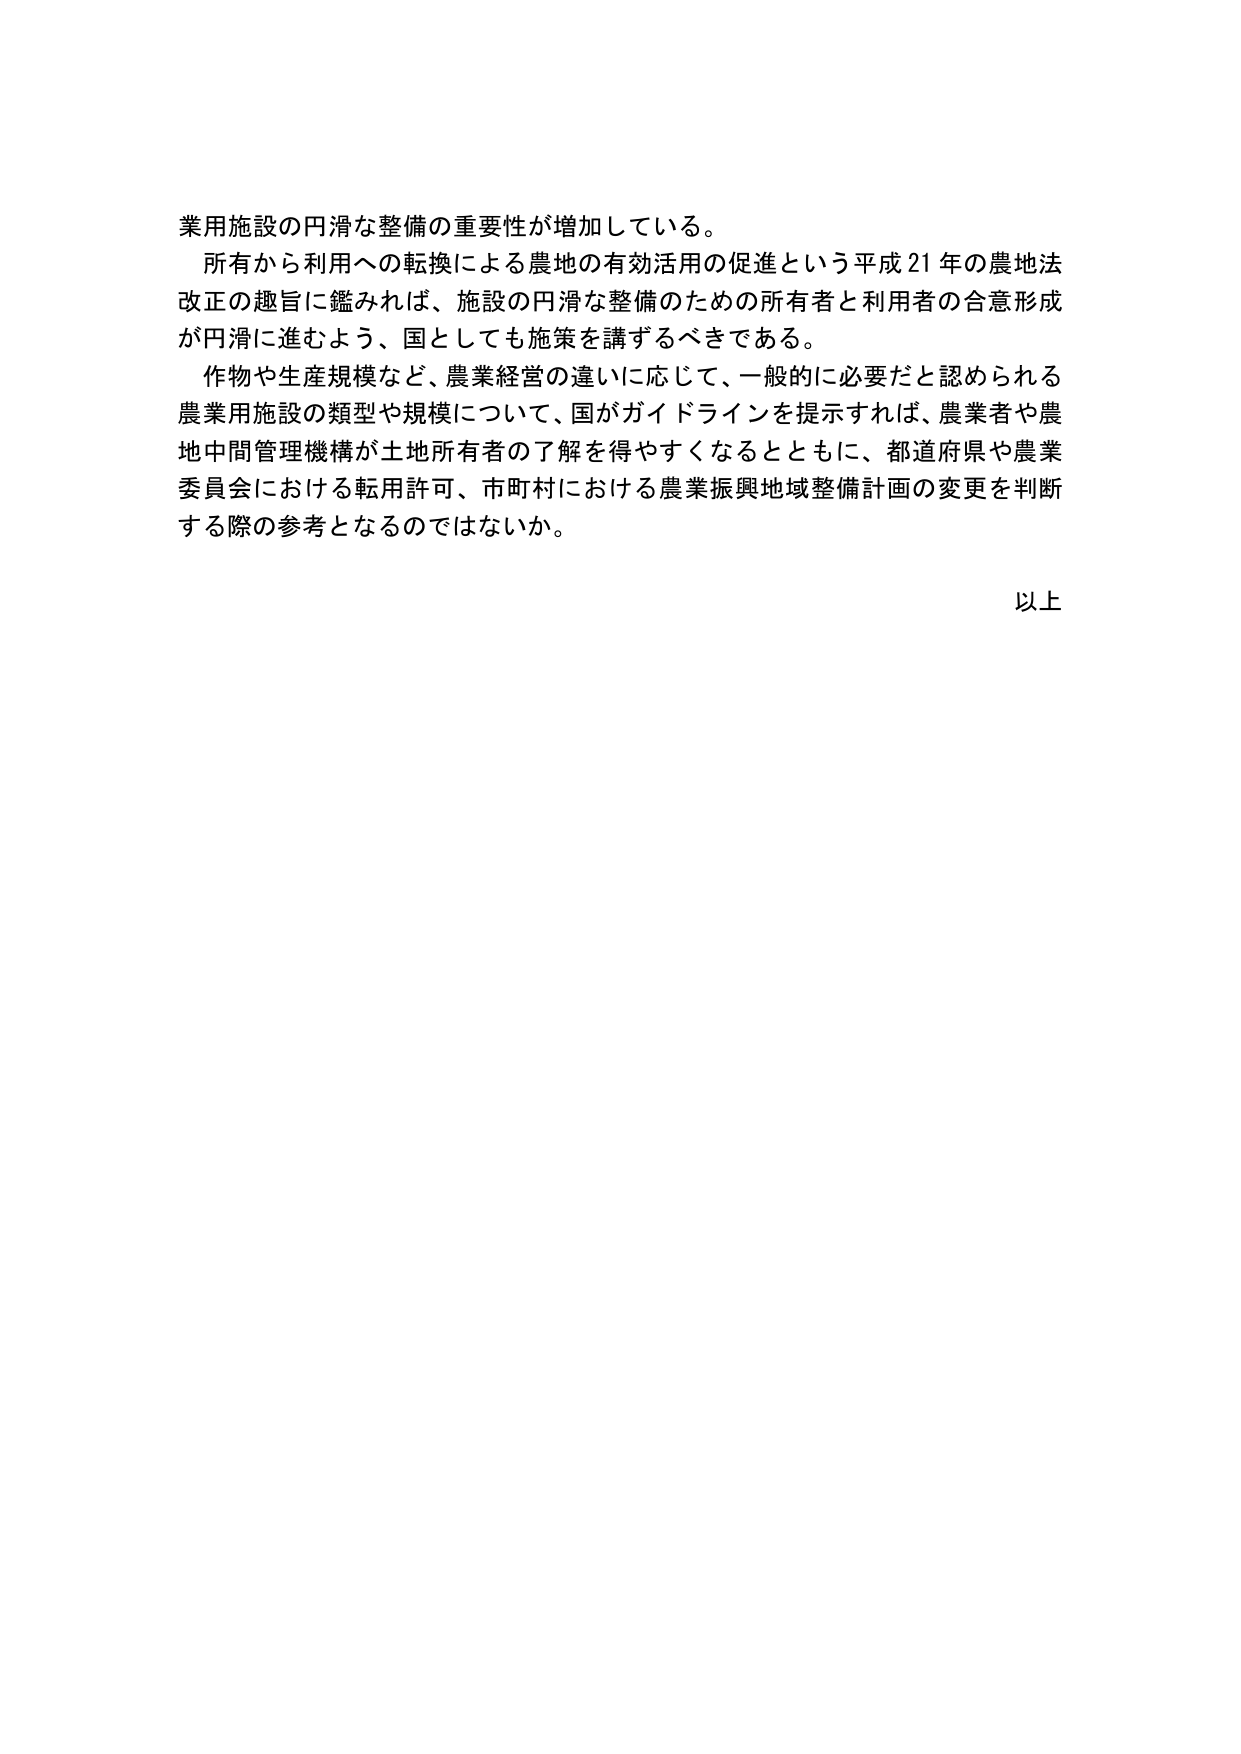
業用施設の円滑な整備の重要性が増加している。

所有から利用への転換による農地の有効活用の促進という平成21年の農地法改正の趣旨に鑑みれば、施設の円滑な整備のための所有者と利用者の合意形成が円滑に進むよう、国としても施策を講ずるべきである。

作物や生産規模など、農業経営の違いに応じて、一般的に必要だと認められる農業用施設の類型や規模について、国がガイドラインを提示すれば、農業者や農地中間管理機構が土地所有者の了解を得やすくなるとともに、都道府県や農業委員会における転用許可、市町村における農業振興地域整備計画の変更を判断する際の参考となるのではないか。

以上